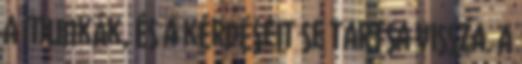
a munkák, és a kérdéseit se tartsa vissza. A